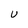
Character: U